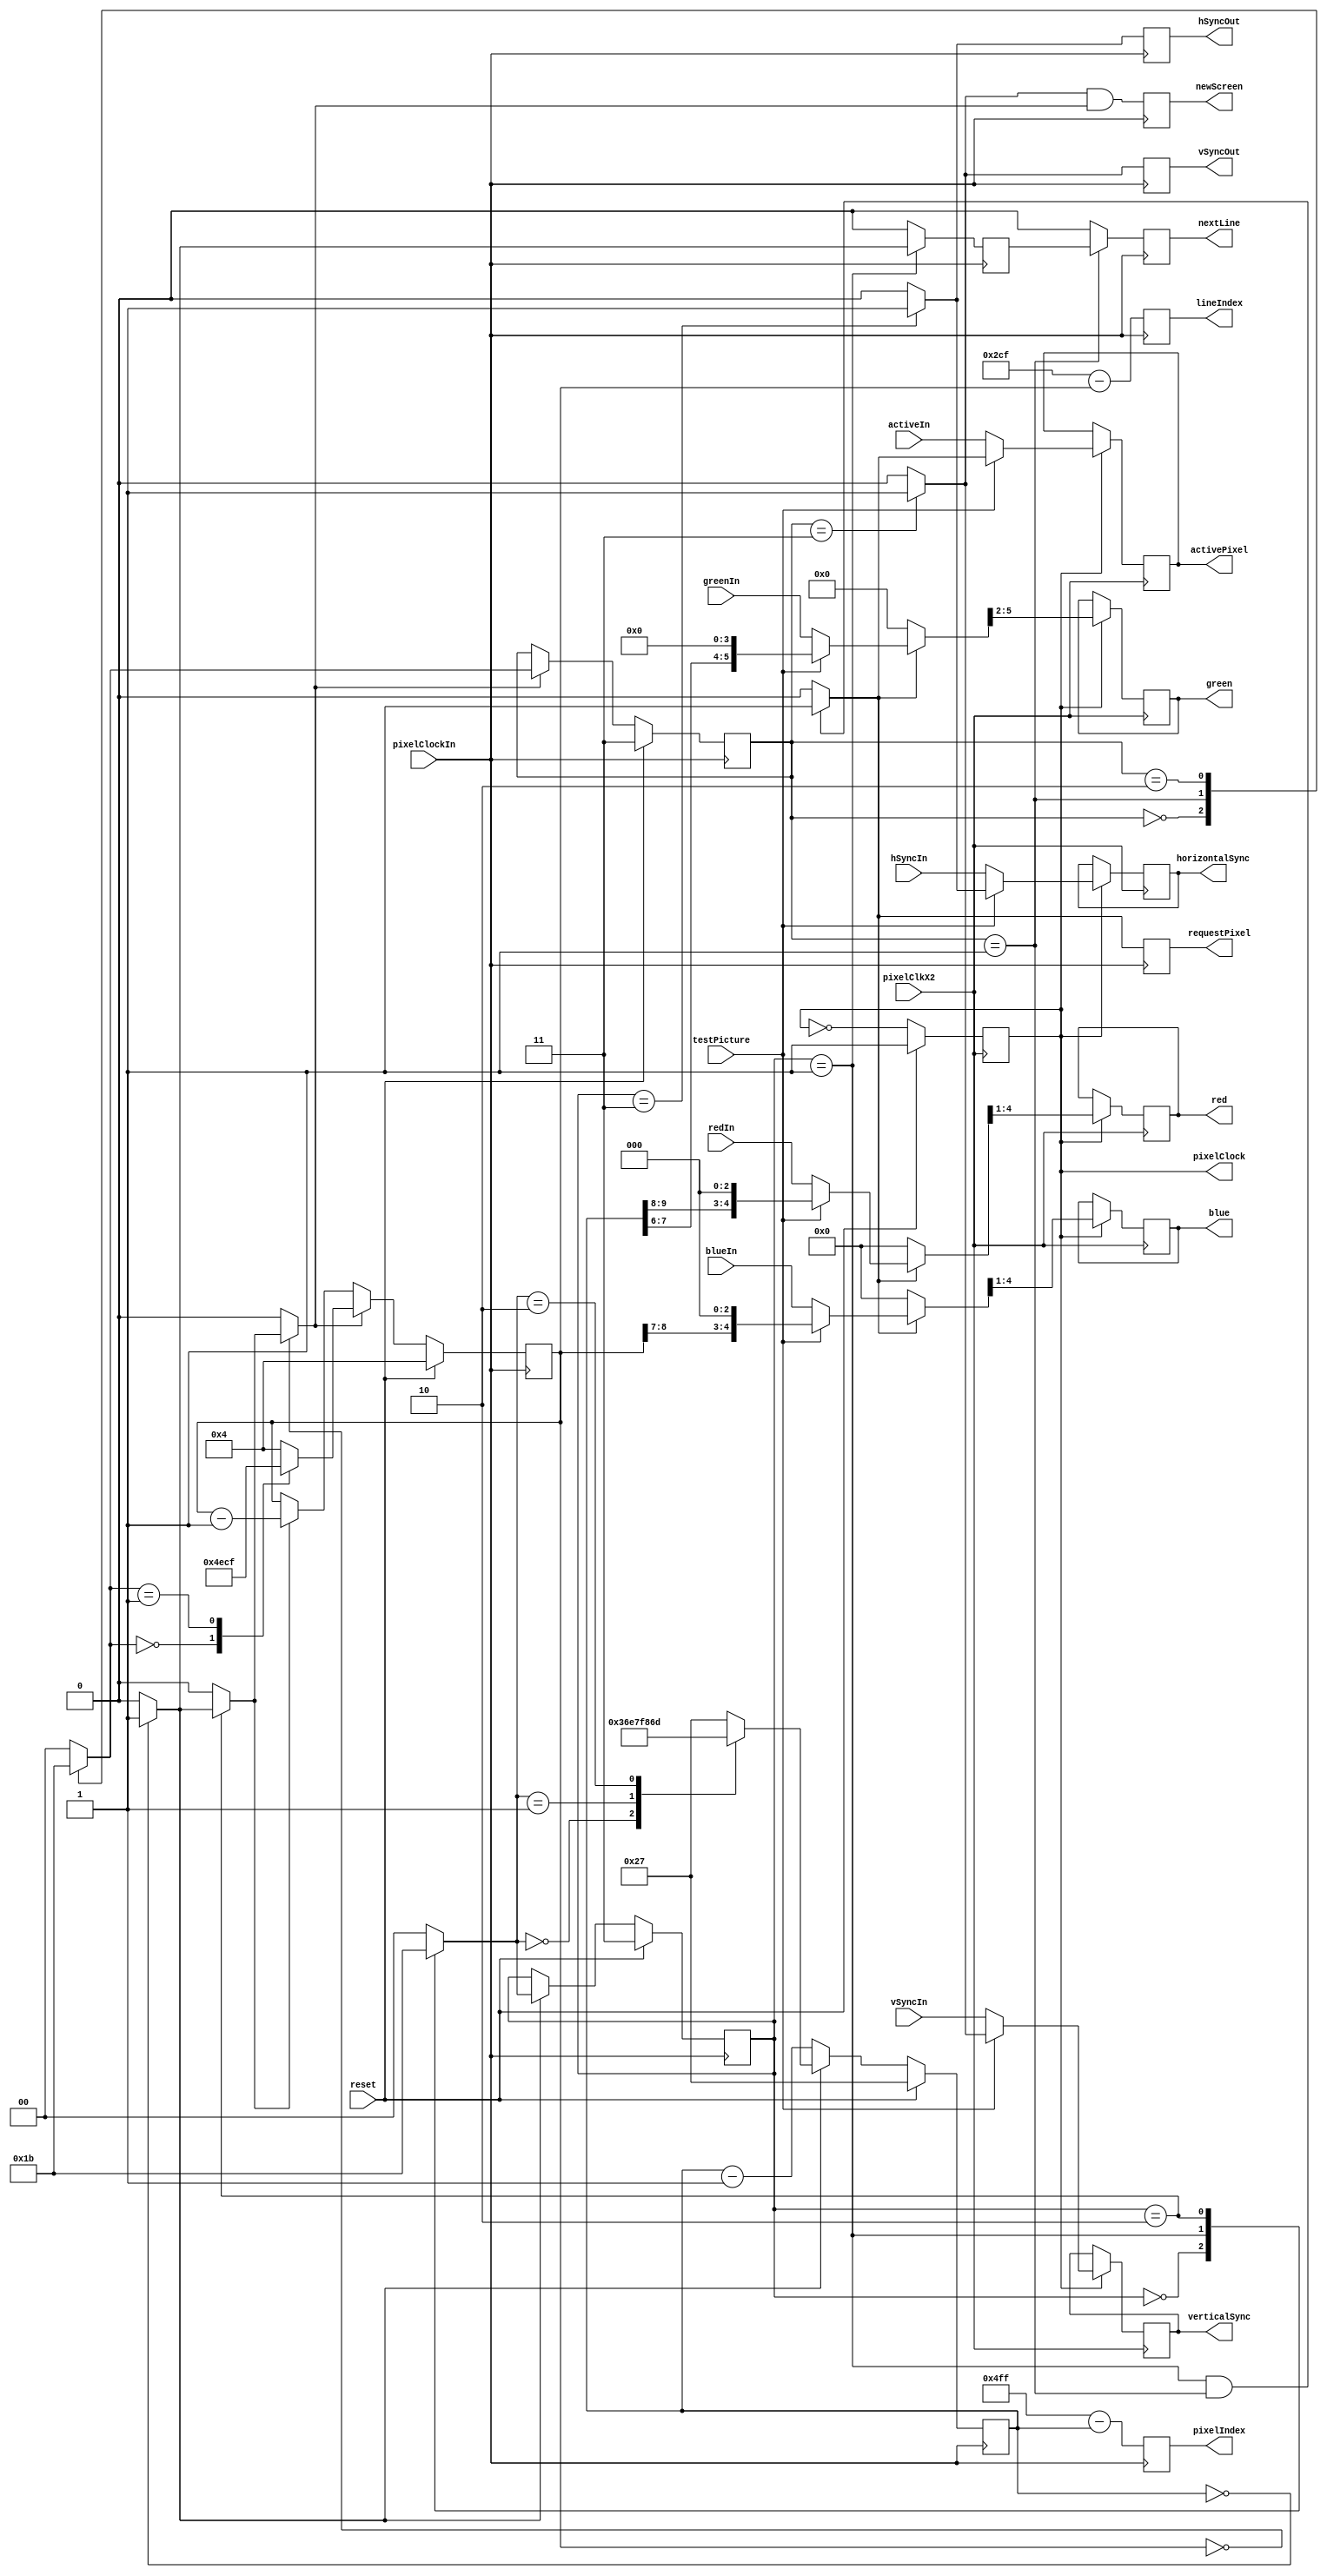
module hdmi_720p ( input wire pixelClockIn,
                              reset,
                              testPicture,
                              pixelClkX2,
`ifdef GECKO5Education
                   output reg [4:0] hdmiRed,
                                    hdmiBlue,
                   output reg [5:0] hdmiGreen,
`else // this is for the GECKO4Education with an external single/dual HDMI-PMOD
                   output reg [3:0] red,
                                    green,
                                    blue,
`endif
                   output wire pixelClock,
                   output reg  horizontalSync,
                               verticalSync,
                               activePixel,

                   output reg [10:0] pixelIndex,
                   output reg [ 9:0] lineIndex,
                   output reg        requestPixel,
                                     newScreen,
                                     nextLine,
                                     hSyncOut,
                                     vSyncOut,
                   input wire        hSyncIn,
                                     vSyncIn,
                                     activeIn,
                   input wire [ 4:0] redIn,
                                     blueIn,
                   input wire [ 5:0] greenIn);

  localparam [1:0] BACKPORCH = 0,
                   ACTIVEPIXEL = 1,
                   FRONTPORCH = 2,
                   SYNC = 3;
  
  localparam [10:0] horizontalBackPorch = 11'd220-11'd1,
                    horizontalFrontPorch = 11'd110-11'd1,
                    horizontalSyncCount = 11'd40-11'd1,
                    horizontalActiveVideo = 11'd1280-11'd1;
  localparam [ 9:0] verticalBackPorch = 10'd20-10'd1,
                    verticalFrontPorch = 10'd5-10'd1,
                    verticalSyncCount = 10'd5-10'd1,
                    verticalActiveVideo = 10'd720-10'd1;

  wire s_activeVideo;
  wire s_horizontalCounterZero, s_nextLine, s_verticalCounterZero;
  wire [4:0] s_red, s_blue;
  wire [5:0] s_green;
  reg [1:0] s_horizontalNextState, s_verticalNextState;
  reg [1:0] s_horizontalState, s_verticalState;
  wire [10:0] s_horizontalCounterNext;
  reg [10:0] s_horizontalCounter, s_horizontalReloadValue;
  wire [9:0] s_verticalCounterNext;
  reg [9:0] s_verticalCounter, s_verticalReloadValue;
  wire s_horizontalSync, s_verticalSync, s_newScreen;
  reg s_earlyNextLine;
  

  /* all outputs are registered */
  reg s_pixelClockReg;
  
  always @(posedge pixelClkX2)
    if (reset == 1'b1) s_pixelClockReg <= 1'b1;
    else s_pixelClockReg <= ~s_pixelClockReg;
  
  always @(posedge pixelClkX2)
  if (s_pixelClockReg == 1'b1)
    begin
`ifdef GECKO5Education
      hdmiRed        <= s_red;
      hdmiGreen      <= s_green;
      hdmiBlue       <= s_blue;
`else
      red            <= s_red[4:1];
      green          <= s_green[5:2];
      blue           <= s_blue[4:1];
`endif
      horizontalSync <= (testPicture == 0) ? hSyncIn : s_horizontalSync;
      verticalSync   <= (testPicture == 0) ? vSyncIn : s_verticalSync;
      activePixel    <= (testPicture == 0) ? activeIn : s_activeVideo;
    end

  assign pixelClock = s_pixelClockReg;
  // here some control signals are defined
  always @(posedge pixelClockIn)
  begin
    s_earlyNextLine <= (s_horizontalState == ACTIVEPIXEL) ? s_horizontalCounterZero : 1'b0;
    newScreen       <= s_newScreen;
    nextLine        <= (s_verticalState == ACTIVEPIXEL) ? s_earlyNextLine : 1'b0;
    pixelIndex      <= horizontalActiveVideo - s_horizontalCounter;
    lineIndex       <= verticalActiveVideo - s_verticalCounter;
    requestPixel    <= s_activeVideo;
    hSyncOut        <= s_horizontalSync;
    vSyncOut        <= s_verticalSync;
  end
  
  // here the test picture is defined
  assign s_activeVideo = ((s_horizontalState == ACTIVEPIXEL)&&(s_verticalState == ACTIVEPIXEL)) ? 1'b1 : 1'b0;
  assign s_red   = (!s_activeVideo) ? 5'd0 : (testPicture) ? {s_horizontalCounter[9:8],3'b0} : redIn;
  assign s_green = (!s_activeVideo) ? 6'd0 : (testPicture) ? {s_horizontalCounter[7:6],4'b0} : greenIn;
  assign s_blue  = (!s_activeVideo) ? 5'd0 : (testPicture) ? {s_verticalCounter[8:7],3'b0} : blueIn;
  
  /* here we define the horizontal logic */
  assign s_horizontalSync = (s_horizontalState == SYNC) ? 1'b1 : 1'b0;
  assign s_horizontalCounterZero = (s_horizontalCounter == 0) ? 1'b1 : 1'b0;
  assign s_horizontalCounterNext = (s_horizontalCounterZero == 11'd1) ? s_horizontalReloadValue :
                                   s_horizontalCounter - 11'd1;
  
  always @*
  begin
    case (s_horizontalState)
      BACKPORCH   : s_horizontalNextState = ACTIVEPIXEL;
      ACTIVEPIXEL : s_horizontalNextState = FRONTPORCH;
      FRONTPORCH  : s_horizontalNextState = SYNC;
      default     : s_horizontalNextState = BACKPORCH;
    endcase
  end
  
  always @*
  begin
    case (s_horizontalNextState) 
      BACKPORCH   : s_horizontalReloadValue = horizontalBackPorch;
      ACTIVEPIXEL : s_horizontalReloadValue = horizontalActiveVideo;
      FRONTPORCH  : s_horizontalReloadValue = horizontalFrontPorch;
      default     : s_horizontalReloadValue = horizontalSyncCount;
    endcase
  end
  
  always @(negedge pixelClockIn)
  begin
    if (reset == 1'b1) 
      begin
        s_horizontalState   <= SYNC;
        s_horizontalCounter <= horizontalSyncCount;
      end
    else
      begin
        s_horizontalCounter <= s_horizontalCounterNext;
        if (s_horizontalCounterZero == 1'b1) s_horizontalState <= s_horizontalNextState;
      end
  end
  
  /* here we define the vertical logic */
  assign s_newScreen = s_verticalSync & s_verticalCounterZero;
  assign s_verticalSync = (s_verticalState == SYNC) ? 1'b1 : 1'b0;
  assign s_nextLine = (s_horizontalState == FRONTPORCH) ? s_horizontalCounterZero : 1'b0;
  assign s_verticalCounterZero = (s_verticalCounter == 0) ? s_nextLine : 1'b0;
  assign s_verticalCounterNext = (s_verticalCounterZero == 1'b1) ? s_verticalReloadValue :
                                 (s_nextLine == 1'b1) ? s_verticalCounter - 10'd1 : s_verticalCounter;
  
  always @*
  begin
    case (s_verticalState)
      BACKPORCH   : s_verticalNextState = ACTIVEPIXEL;
      ACTIVEPIXEL : s_verticalNextState = FRONTPORCH;
      FRONTPORCH  : s_verticalNextState = SYNC;
      default     : s_verticalNextState = BACKPORCH;
    endcase
  end
  
  always @*
  begin
    case (s_verticalNextState) 
      BACKPORCH   : s_verticalReloadValue = verticalBackPorch;
      ACTIVEPIXEL : s_verticalReloadValue = verticalActiveVideo;
      FRONTPORCH  : s_verticalReloadValue = verticalFrontPorch;
      default     : s_verticalReloadValue = verticalSyncCount;
    endcase
  end
  
  always @(posedge pixelClockIn)
  begin
    if (reset == 1'b1) 
      begin
        s_verticalState   <= SYNC;
        s_verticalCounter <= verticalSyncCount;
      end
    else
      begin
        s_verticalCounter <= s_verticalCounterNext;
        if (s_verticalCounterZero == 1) s_verticalState <= s_verticalNextState;
      end
  end
endmodule